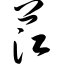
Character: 茳